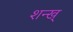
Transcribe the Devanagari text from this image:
शन्ख्